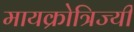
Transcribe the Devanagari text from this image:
मायक्रोत्रिज्यी